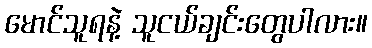
မောင်သူရနဲ့ သူငယ်ချင်းတွေပါလား။